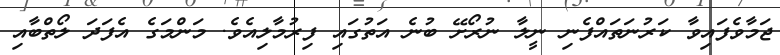
ޖަމާވެފައިވާ ކަރުނަތައްފެނި ނީލާ ނުރޯށޭ ބުނެ އަތުގައި ފިރުމާލިއެވެ. މަންމަގެ އެފަދަ ލޯތްބާއި